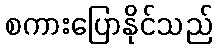
စကားပြောနိုင်သည်